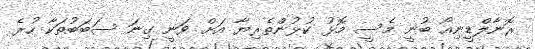
ރޮނާލްޑީނިއޯ ބުނީ މެސީ މޮޅު ކުޅުންތެރިޔާ އަށް ވަނީ ގިނަ ސަބަބުތަކާ ހުރެ